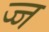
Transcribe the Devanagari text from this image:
ज्ज